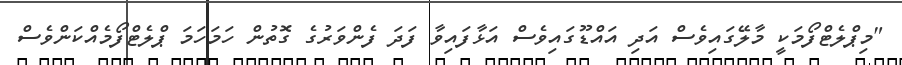
"މިޕްލެޓްފޯމަކީ މާލޭގައިވެސް އަދި އައްޑޫގައިވެސް އަޅާފައިވާ ފަދަ ފެންވަރުގެ ގޮތުން ހަމަހަމަ ޕްލެޓްފޯމެއްކަންވެސް